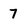
Character: 7